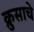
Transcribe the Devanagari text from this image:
क्रुसाचे